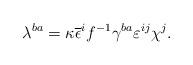
LaTeX: \begin{align*}\lambda^{ba}=\kappa\overline{\epsilon}^if^{-1}\gamma^{ba}\varepsilon^{ij}\chi^j.\end{align*}